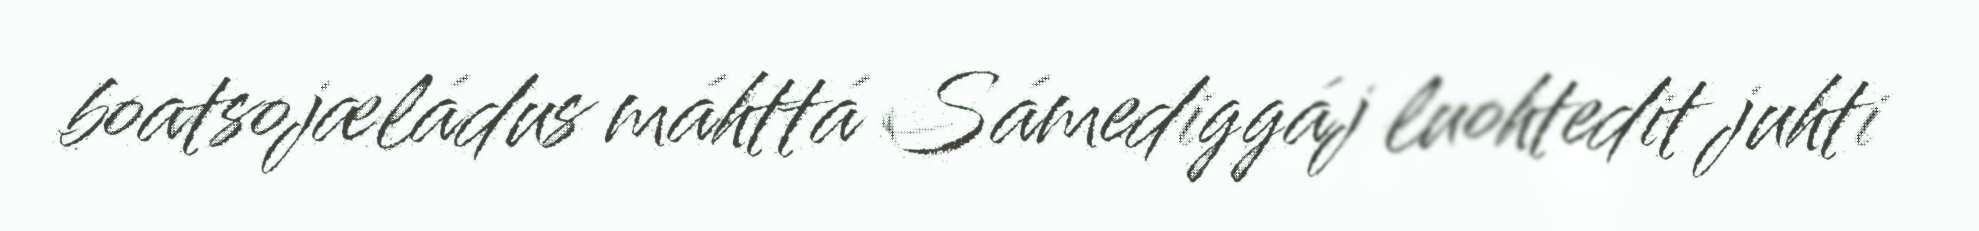
boatsojæládus máhttá Sámediggáj luohtedit juhti